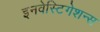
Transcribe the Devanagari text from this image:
इनवेस्टिगेशन्स